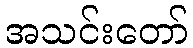
အသင်းတော်